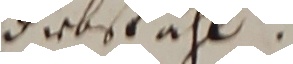
diebstahl